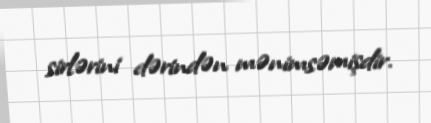
sirlərini dərindən mənimsəmişdir.